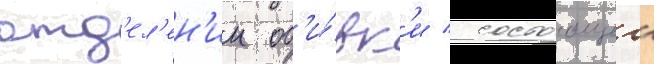
отд'ел'ен'ии об'и́вк'и / состоащеи